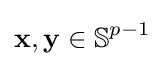
\mathbf {x} ,\mathbf {y} \in \mathbb {S} ^{p-1}